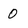
Character: 0